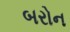
બરોન